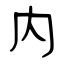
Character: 内